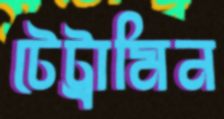
টেট্রামিন